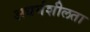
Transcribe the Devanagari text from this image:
अधर्मशीलता